Annual report on the health of the army in India
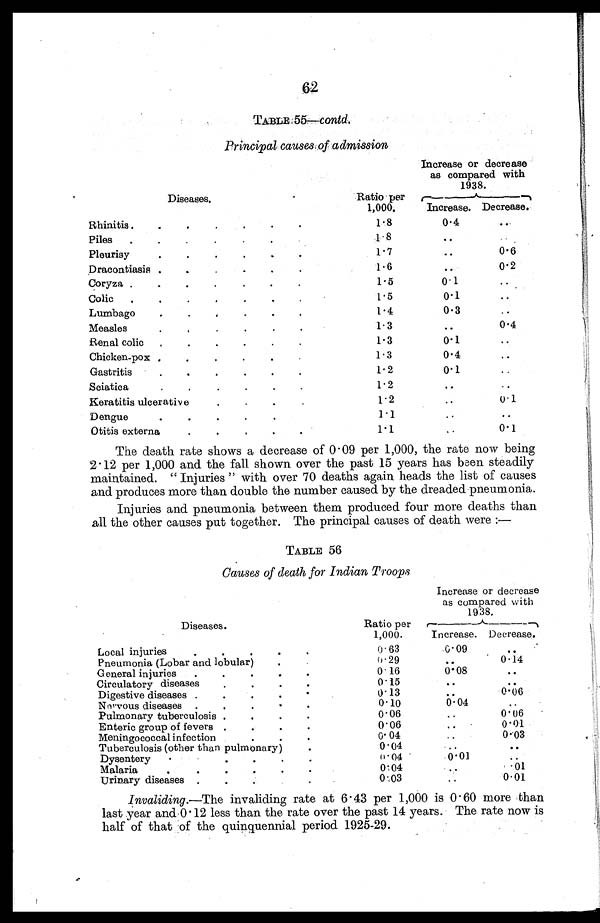
62
T A B L E 5 5 —
C o n t d .
Principal causes of admission
Increase or decrease
as compared with
1938.
Diseases.
Ratio per
1,000.
Increase. Decrease.
Rhinitis .
.
.
.
.
.
.
1.8
0.4
. .
Piles .
.
.
.
•
. .
.
1. 8
. . ..
Pleurisy
.
.
.
.
.
.
1.7
..
0.6
Dracontiasis.
.
.
.
.
.
.
1• 6
. .
0.2
Coryza .
.
.
.
.
.
.
1.5
0.1
..
Colic .
.
.
.
.
.
.
1.5
0.1
. .
Lumbago
.
.
.
.
•
.
1. 4
0.3
. .
Measles
.
.
.
.
.
.
1 . 3
. .
0.4
Renal colic
.
.
.
.
.
.
1 . 3
0.1
..
Chicken-pox .
.
•
.
. .
•
1.3
0.4
. .
Gastritis
.
.
.
.
.
.
1.2
0.1
..
Sciatica
.
.
.
.
.
.
1.2
. .
..
Keratitis ulcerative .
•
.
.
.
1.2
. .
0.1
Dengue
•
•
.
•
.
.
1.1
. .
. .
Otitis externs
.
.
.
.
.
1.1
. .
0 . 1
The death rate shows a decrease of 0.09 per 1,000, the rate now being
2.12 per 1,000 and the fall shown over the past 15 years has been steadily
maintained. " Injuries " with over 70 deaths again heads the list of causes
and produces more than double the number caused by the dreaded pneumonia.
Injuries and pneumonia between them produced four more deaths than
all the other causes put together. The principal causes of death were :—
TABLE 56
Causes of death for Indian Troops
Diseases.
Ratio per
1,000.
Increase or decrease
as compared with
1938.
Increase. Decrease.
Local injuries
.
.
. .
.
0.63
0.09
. .
Pneumonia (Lobar and lobular)
.
.
0.29
..
0.14
General injuries
.
.
.
.
.
0.16
0.08
. .
Circulatory diseases
.
.
.
.
0. 15
. .
. .
Digestive diseases .
.
.
.
.
0.13
. .
0.06
Norvous diseases .
.
.
.
.
0.10
0.04
..
Pulmonary tuberculosis .
.
.
.
0.06
..
0.06
Enteric group of fevers .
.
.
.
0. 06
. .
0.01
Meningococcal infection
.
.
.
0.04
. .
0.03
Tuberculosis (other than pulmonary)
.
0.04
..
. .
Dysentery .
.
.
.
.
.
0.04
0.01
..
Malaria.
.
.
.
.
.
0.04
..
. 01
Urinary disease .
.
.
.
0.03
. . 0.01
Invaliding.—The invaliding rate at 6.43 per 1,000 is 0.60 more than
last year and 0.12 less than the rate over the past 14 years. The rate now is
half of that of the quinquennial period 1925-29.